Document type: Emphyteutic lease
Year: 1473
Scribe: [Unknown]
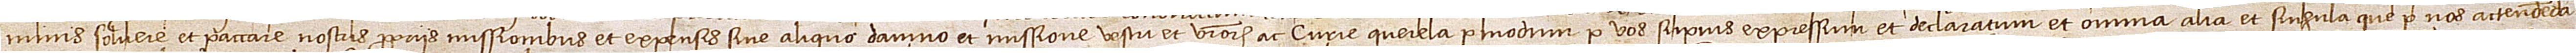
minis solvere et paccare nostris propriis missionibus et expensis sine aliquo damno et missione vestri et vestrorum ac curie querela per modum per vos superius expressum et declaratum et omnia alia et singula que per nos actendenda